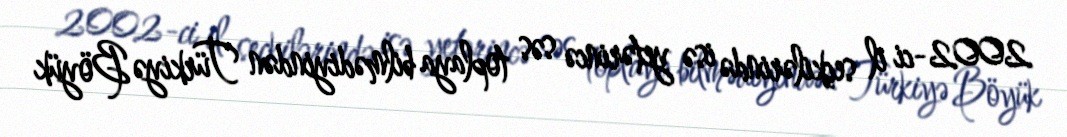
2002-ci il seçkilərində isə yetərincə səs toplaya bilmədiyindən Türkiyə Böyük